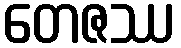
တေဇဿ